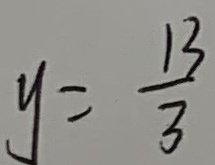
y = \frac { 1 3 } { 3 }